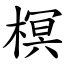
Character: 榠